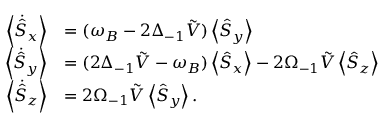
\begin{array} { r l } { \left\langle \dot { \hat { S } } _ { x } \right\rangle } & { = ( \omega _ { B } - 2 \Delta _ { - 1 } \tilde { V } ) \left\langle \hat { S } _ { y } \right\rangle } \\ { \left\langle \dot { \hat { S } } _ { y } \right\rangle } & { = ( 2 \Delta _ { - 1 } \tilde { V } - \omega _ { B } ) \left\langle \hat { S } _ { x } \right\rangle - 2 \Omega _ { - 1 } \tilde { V } \left\langle \hat { S } _ { z } \right\rangle } \\ { \left\langle \dot { \hat { S } } _ { z } \right\rangle } & { = 2 \Omega _ { - 1 } \tilde { V } \left\langle \hat { S } _ { y } \right\rangle . } \end{array}